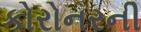
કોરોનરની